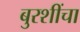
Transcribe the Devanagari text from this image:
बुरशींचा